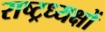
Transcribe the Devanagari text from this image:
राष्ट्रध्यक्षों